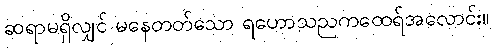
ဆရာမရှိလျှင် မနေတတ်သော ရဟောသညကထေရ်အလောင်း။